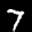
Label: 7